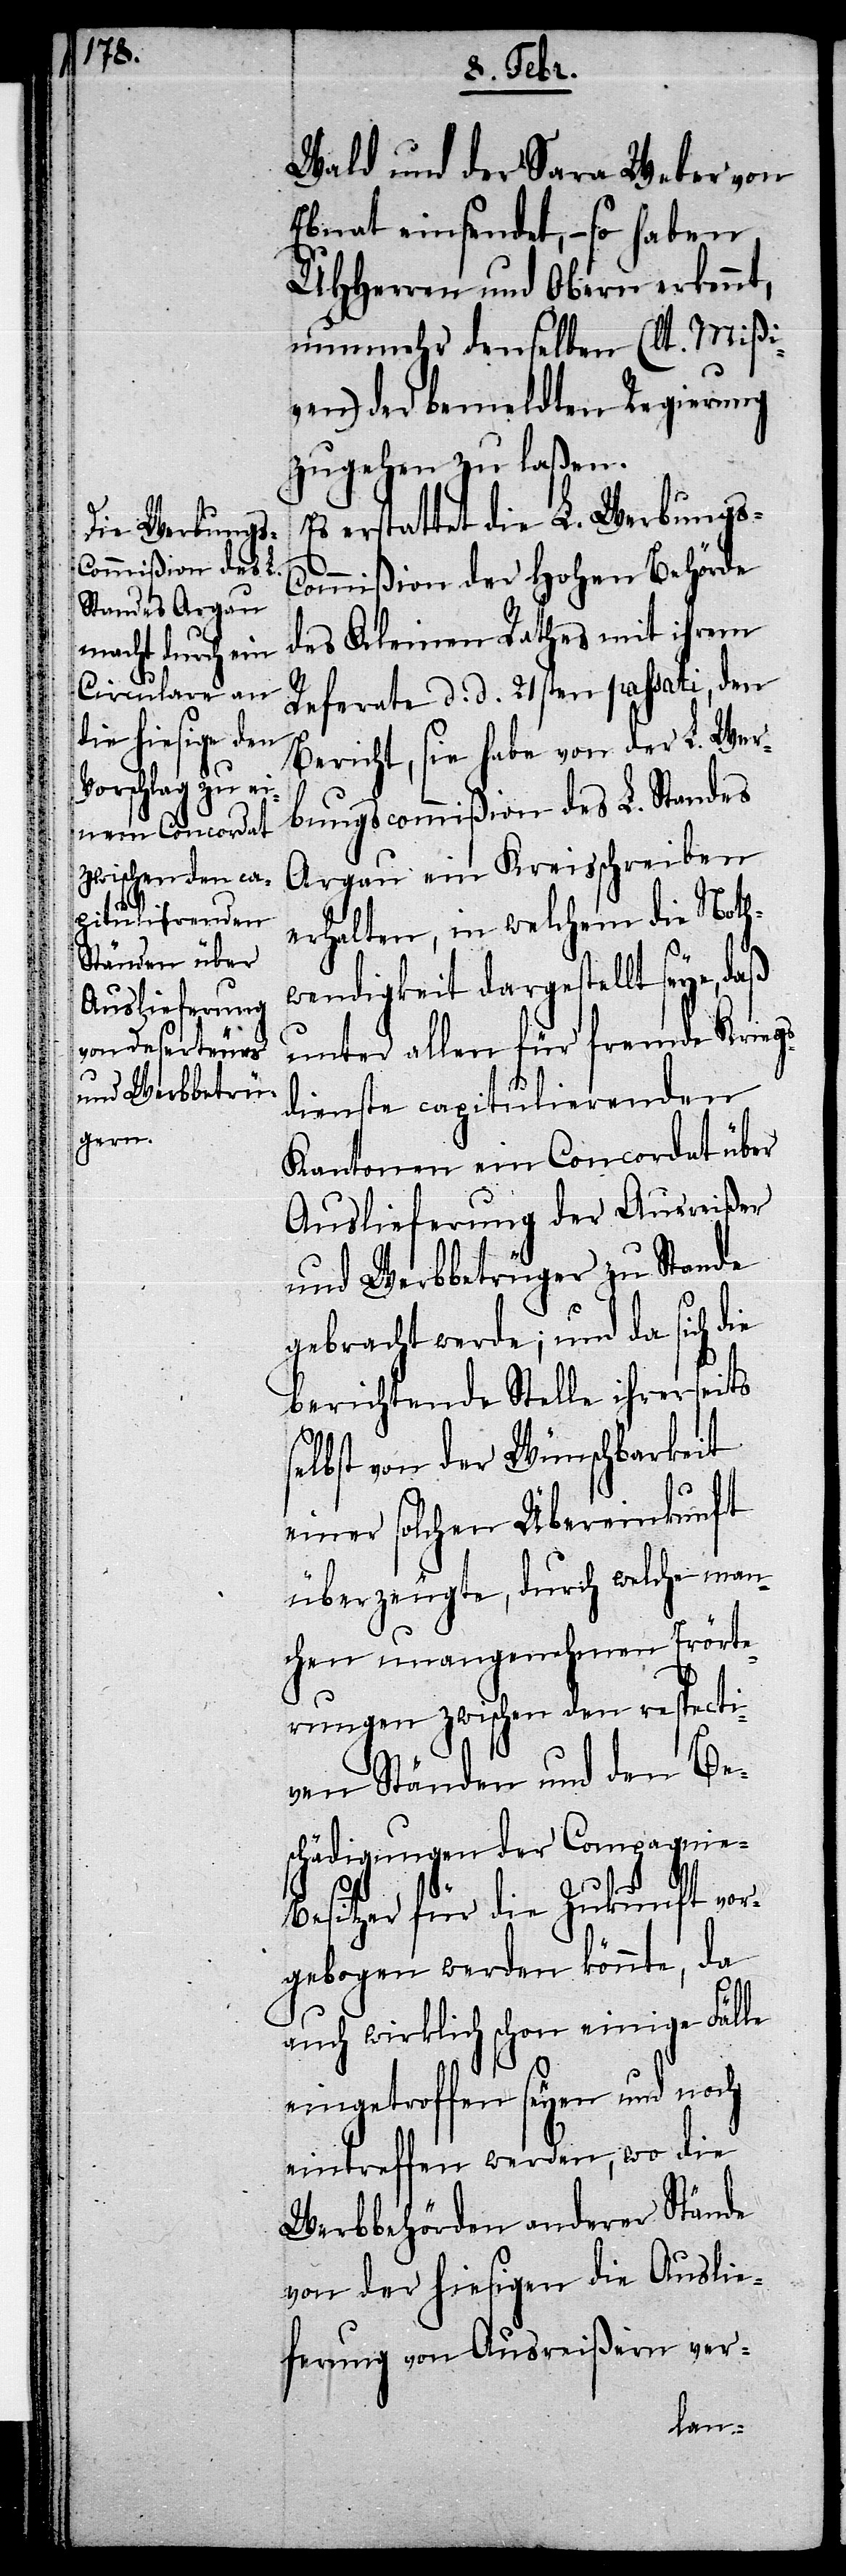
Wald und der Sara Weber von
Ebnat einsendet, – so haben
UHHerren und Obern erkennt,
nunmehr denselben (lt. Mißi¬
ven) der bemeldten Regierung
zugehen zu laßen.
Es erstattet die L. Werbungs-C¬
ommißion der Hohen Behörde
des Kleinen Rathes mit ihrem
Referate d. d. 21sten passati, den
Bericht, sie habe von der L. Wer¬
bungscommißion des L. Standes
Argau ein Kreisschreiben
erhalten, in welchem die Noth¬
wendigkeit dargestellt seye, daß
unter allen für fremde Kriegs¬
dienste capitulierenden
Kantonen ein Concordat über
Auslieferung der Ausreißer
und Werbbetrüger zu Stande
gebracht werde; und da sich die
berichtende Stelle ihrerseits
selbst von der Wünschbarkeit
einer solchen Übereinkunft
überzeugte, durch welche man¬
chen unangenehmen Erörte¬
rungen zwischen den respecti¬
ven Ständen und den Bes¬
chädigungen der Compagnie-B¬
esitzer für die Zukunft vor¬
gebogen werden könnte, da
auch wirklich schon einige Fälle
eingetroffen seyen und noch
eintreffen werden, wo die
Werbbehörden anderer Stände
von der hiesigen die Auslie¬
ferung von Ausreißern ver-